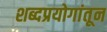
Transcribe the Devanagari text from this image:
शब्दप्रयोगांतून